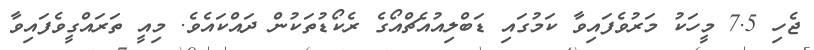
ޖެހި 7.5 މީހަކު މަރުވެފައިވާ ކަމުގައި ޑަބްލިއުއެޗްއޯގެ ރެކޯޑުތަކުން ދައްކައެވެ. މިއީ ތަރައްގީވެފައިވާ